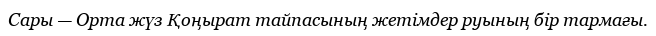
Сары — Орта жүз Қоңырат тайпасының жетімдер руының бір тармағы.